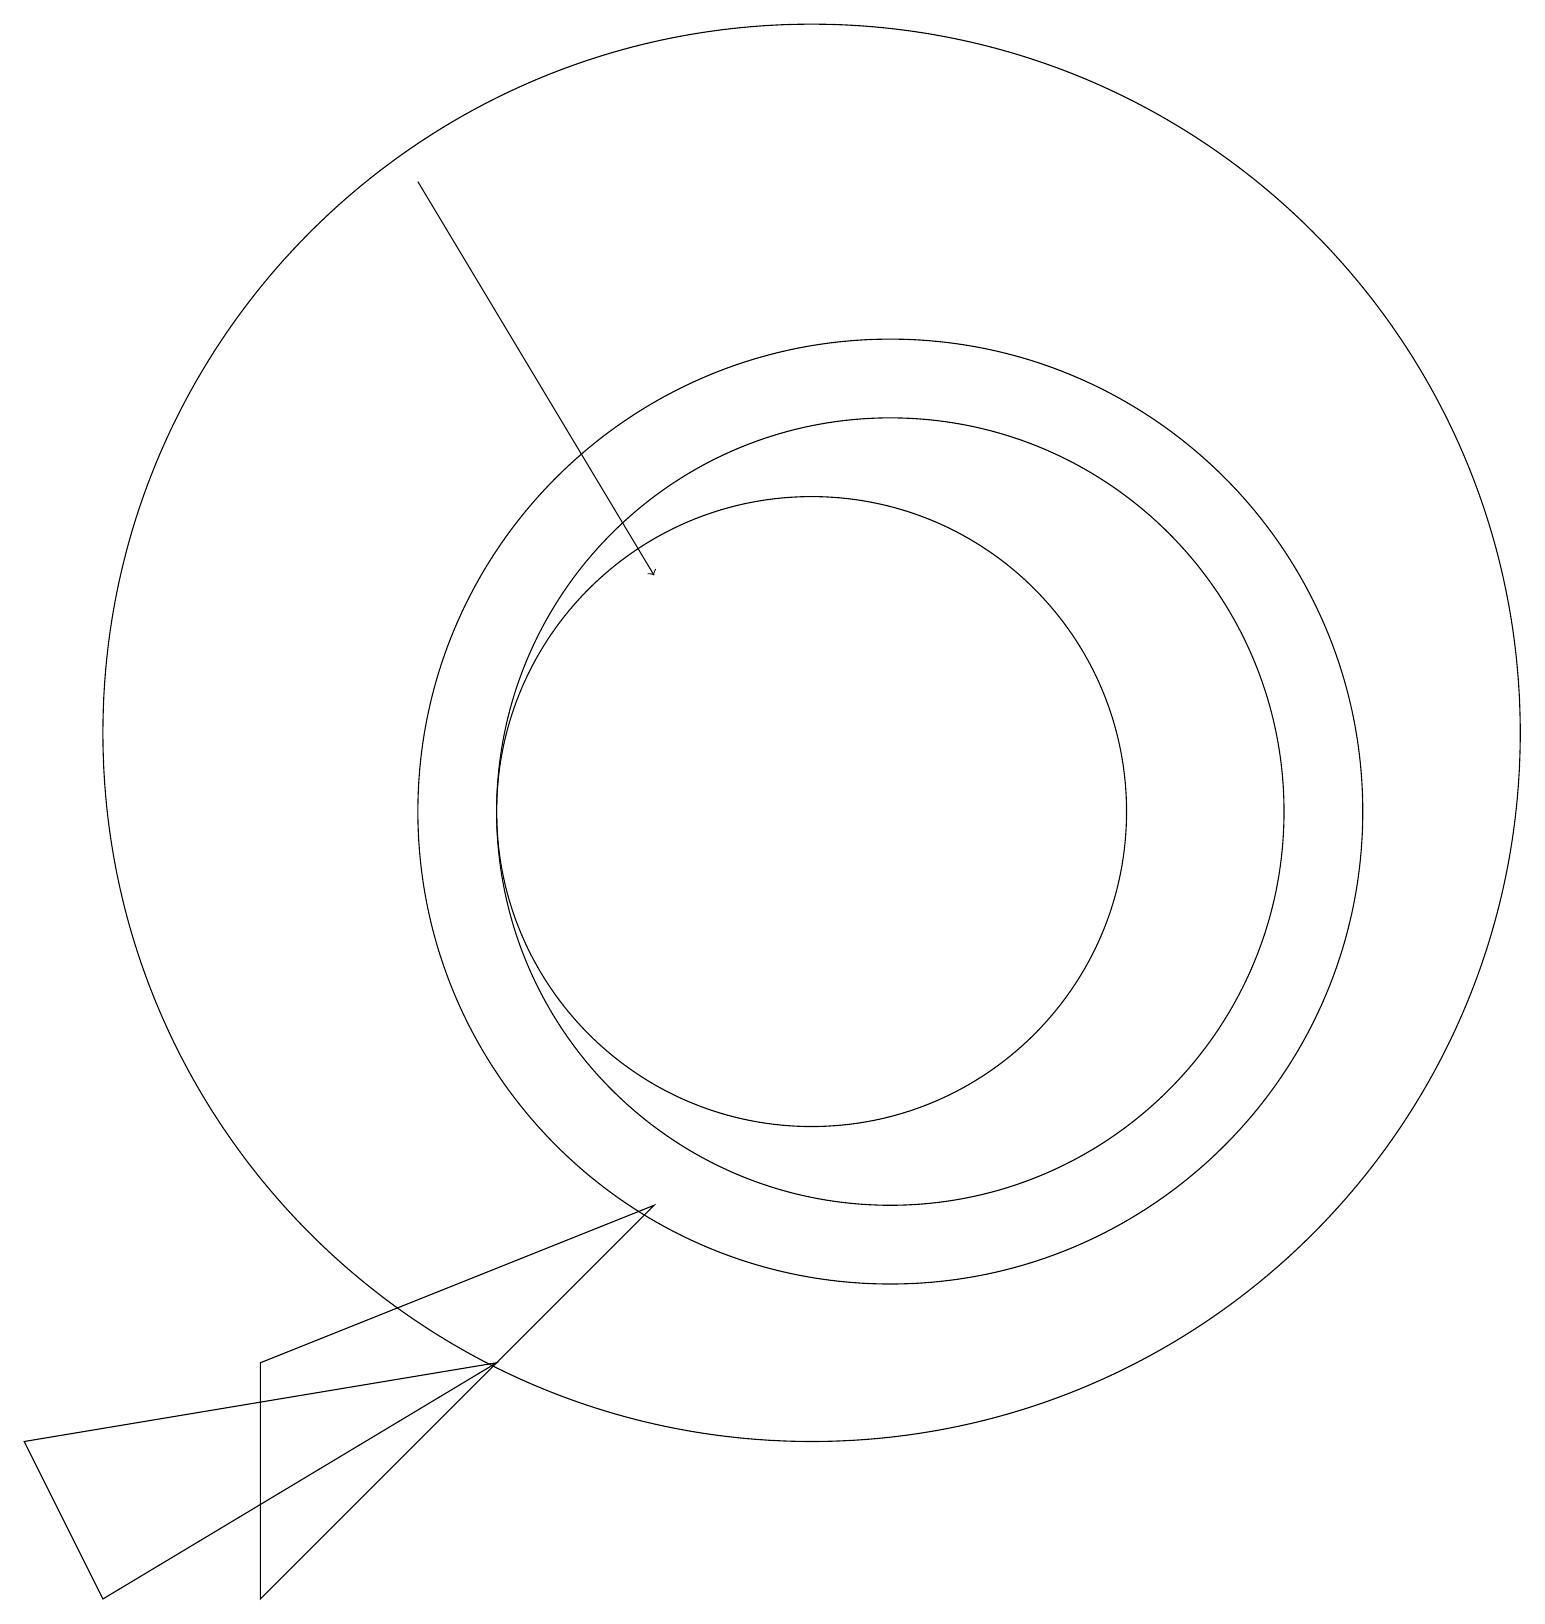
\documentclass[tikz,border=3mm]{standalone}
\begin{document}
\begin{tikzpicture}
\draw (10,11) circle (9);
\draw[->] (5,18) -- (8,13);
\draw (10,10) circle (4);
\draw (11,10) circle (6);
\draw (1,0) -- (0,2) -- (6,3) -- cycle;
\draw (3,0) -- (8,5) -- (3,3) -- cycle;
\draw (11,10) circle (5);
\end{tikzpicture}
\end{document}